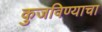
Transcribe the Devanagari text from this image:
कुजविण्याचा